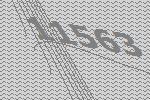
11563